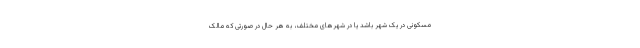
مسکونی در یک شهر باشد یا در شهرهای مختلف، به هر حال در صورتی که مالک